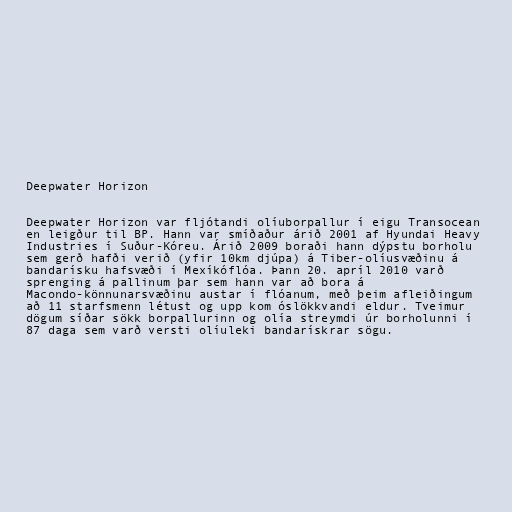
Deepwater Horizon

Deepwater Horizon var fljótandi olíuborpallur í eigu Transocean
en leigður til BP. Hann var smíðaður árið 2001 af Hyundai Heavy
Industries í Suður-Kóreu. Árið 2009 boraði hann dýpstu borholu
sem gerð hafði verið (yfir 10km djúpa) á Tiber-olíusvæðinu á
bandarísku hafsvæði í Mexíkóflóa. Þann 20. apríl 2010 varð
sprenging á pallinum þar sem hann var að bora á
Macondo-könnunarsvæðinu austar í flóanum, með þeim afleiðingum
að 11 starfsmenn létust og upp kom óslökkvandi eldur. Tveimur
dögum síðar sökk borpallurinn og olía streymdi úr borholunni í
87 daga sem varð versti olíuleki bandarískrar sögu.